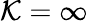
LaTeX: \mathcal{K}=\infty